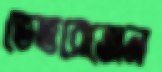
ভেতরেত্তোন